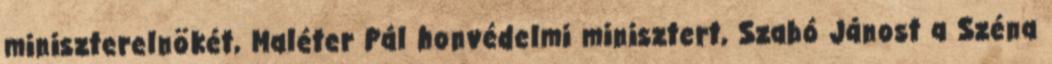
miniszterelnökét, Maléter Pál honvédelmi minisztert, Szabó Jánost a Széna